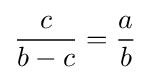
{\frac {c}{b-c}}={\frac {a}{b}}